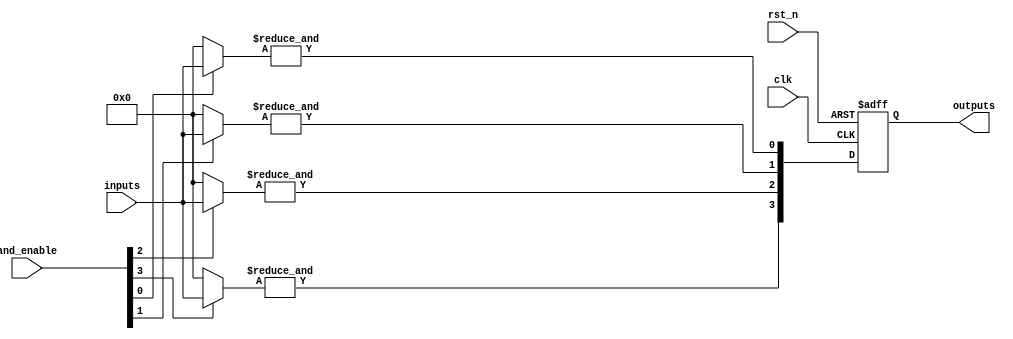
module RPAL #(
    parameter NUM_INPUTS = 8,         // Number of inputs
    parameter NUM_AND_TERMS = 4,      // Number of AND gates
    parameter NUM_OUTPUTS = 4          // Number of outputs
)(
    input wire clk,                    // Global clock input
    input wire rst_n,                  // Active low reset
    input wire [NUM_INPUTS-1:0] inputs, // Input signals
    input wire [NUM_AND_TERMS-1:0] and_enable, // Enable signals for AND gates
    output reg [NUM_OUTPUTS-1:0] outputs // Registered outputs
);

    // Internal wires for AND gate outputs
    wire [NUM_AND_TERMS-1:0] and_outputs;

    // Programmable AND array
    genvar i, j;
    generate
        for (i = 0; i < NUM_AND_TERMS; i = i + 1) begin : and_gate
            wire [NUM_INPUTS-1:0] and_inputs;
            assign and_inputs = (and_enable[i]) ? inputs : 0; // Select inputs based on enable

            // Logical AND operation for the programmable AND array
            assign and_outputs[i] = &and_inputs; // AND operation
        end
    endgenerate

    // Registered outputs using D flip-flops
    always @(posedge clk or negedge rst_n) begin
        if (!rst_n) begin
            outputs <= 0; // Reset outputs
        end else begin
            // Capture AND gate outputs into registers
            outputs <= and_outputs; // Register the outputs
        end
    end

endmodule